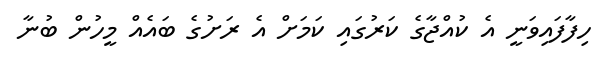
ހިފާފައިވަނީ އެ ކުއްޖާގެ ކަރުގައި ކަމަށް އެ ރަށުގެ ބައެއް މީހުން ބުނާ